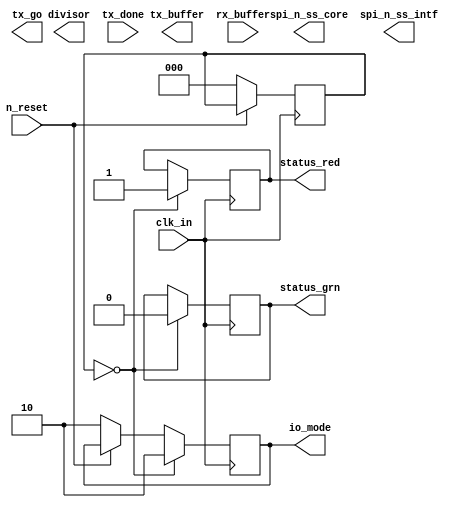
module IOSPIManagementController(clk_in, n_reset, divisor, tx_go, tx_done,
								 spi_n_ss_core, spi_n_ss_intf,
								 tx_buffer, rx_buffer,
								 io_mode, status_grn, status_red);
	
	input				clk_in;
	input				n_reset;
	output reg	[11:0]	divisor;
	output reg			tx_go;
	input				tx_done;
	output reg			spi_n_ss_core;
	output reg			spi_n_ss_intf;
	output reg	[7:0]	tx_buffer;
	input		[7:0]	rx_buffer;
	output reg	[1:0]	io_mode;
	output reg			status_grn;
	output reg			status_red;
	
	reg	[2:0]	state;
	
	`define IDLE				3'b000
	
	`define IOMODE_MGMT			2'b00	// not yet initialized
	`define IOMODE_IN			2'b01	// configured as input module
	`define IOMODE_OUT			2'b10	// configured as output module
	`define IOMODE_FAULT		2'b11	// fault, module halted
	
	initial begin
		state	<= `IDLE;
		io_mode <= `IOMODE_OUT;
	end
	
	always @ (negedge clk_in) begin
		if(n_reset == 1'b0) begin
			state 		<= `IDLE;
			io_mode		<= `IOMODE_OUT;
		end
		case (state)
			`IDLE: begin
				status_grn	<= 1'b0;
				status_red	<= 1'b1;
				io_mode		<= `IOMODE_OUT;
			end
		endcase
	end
endmodule